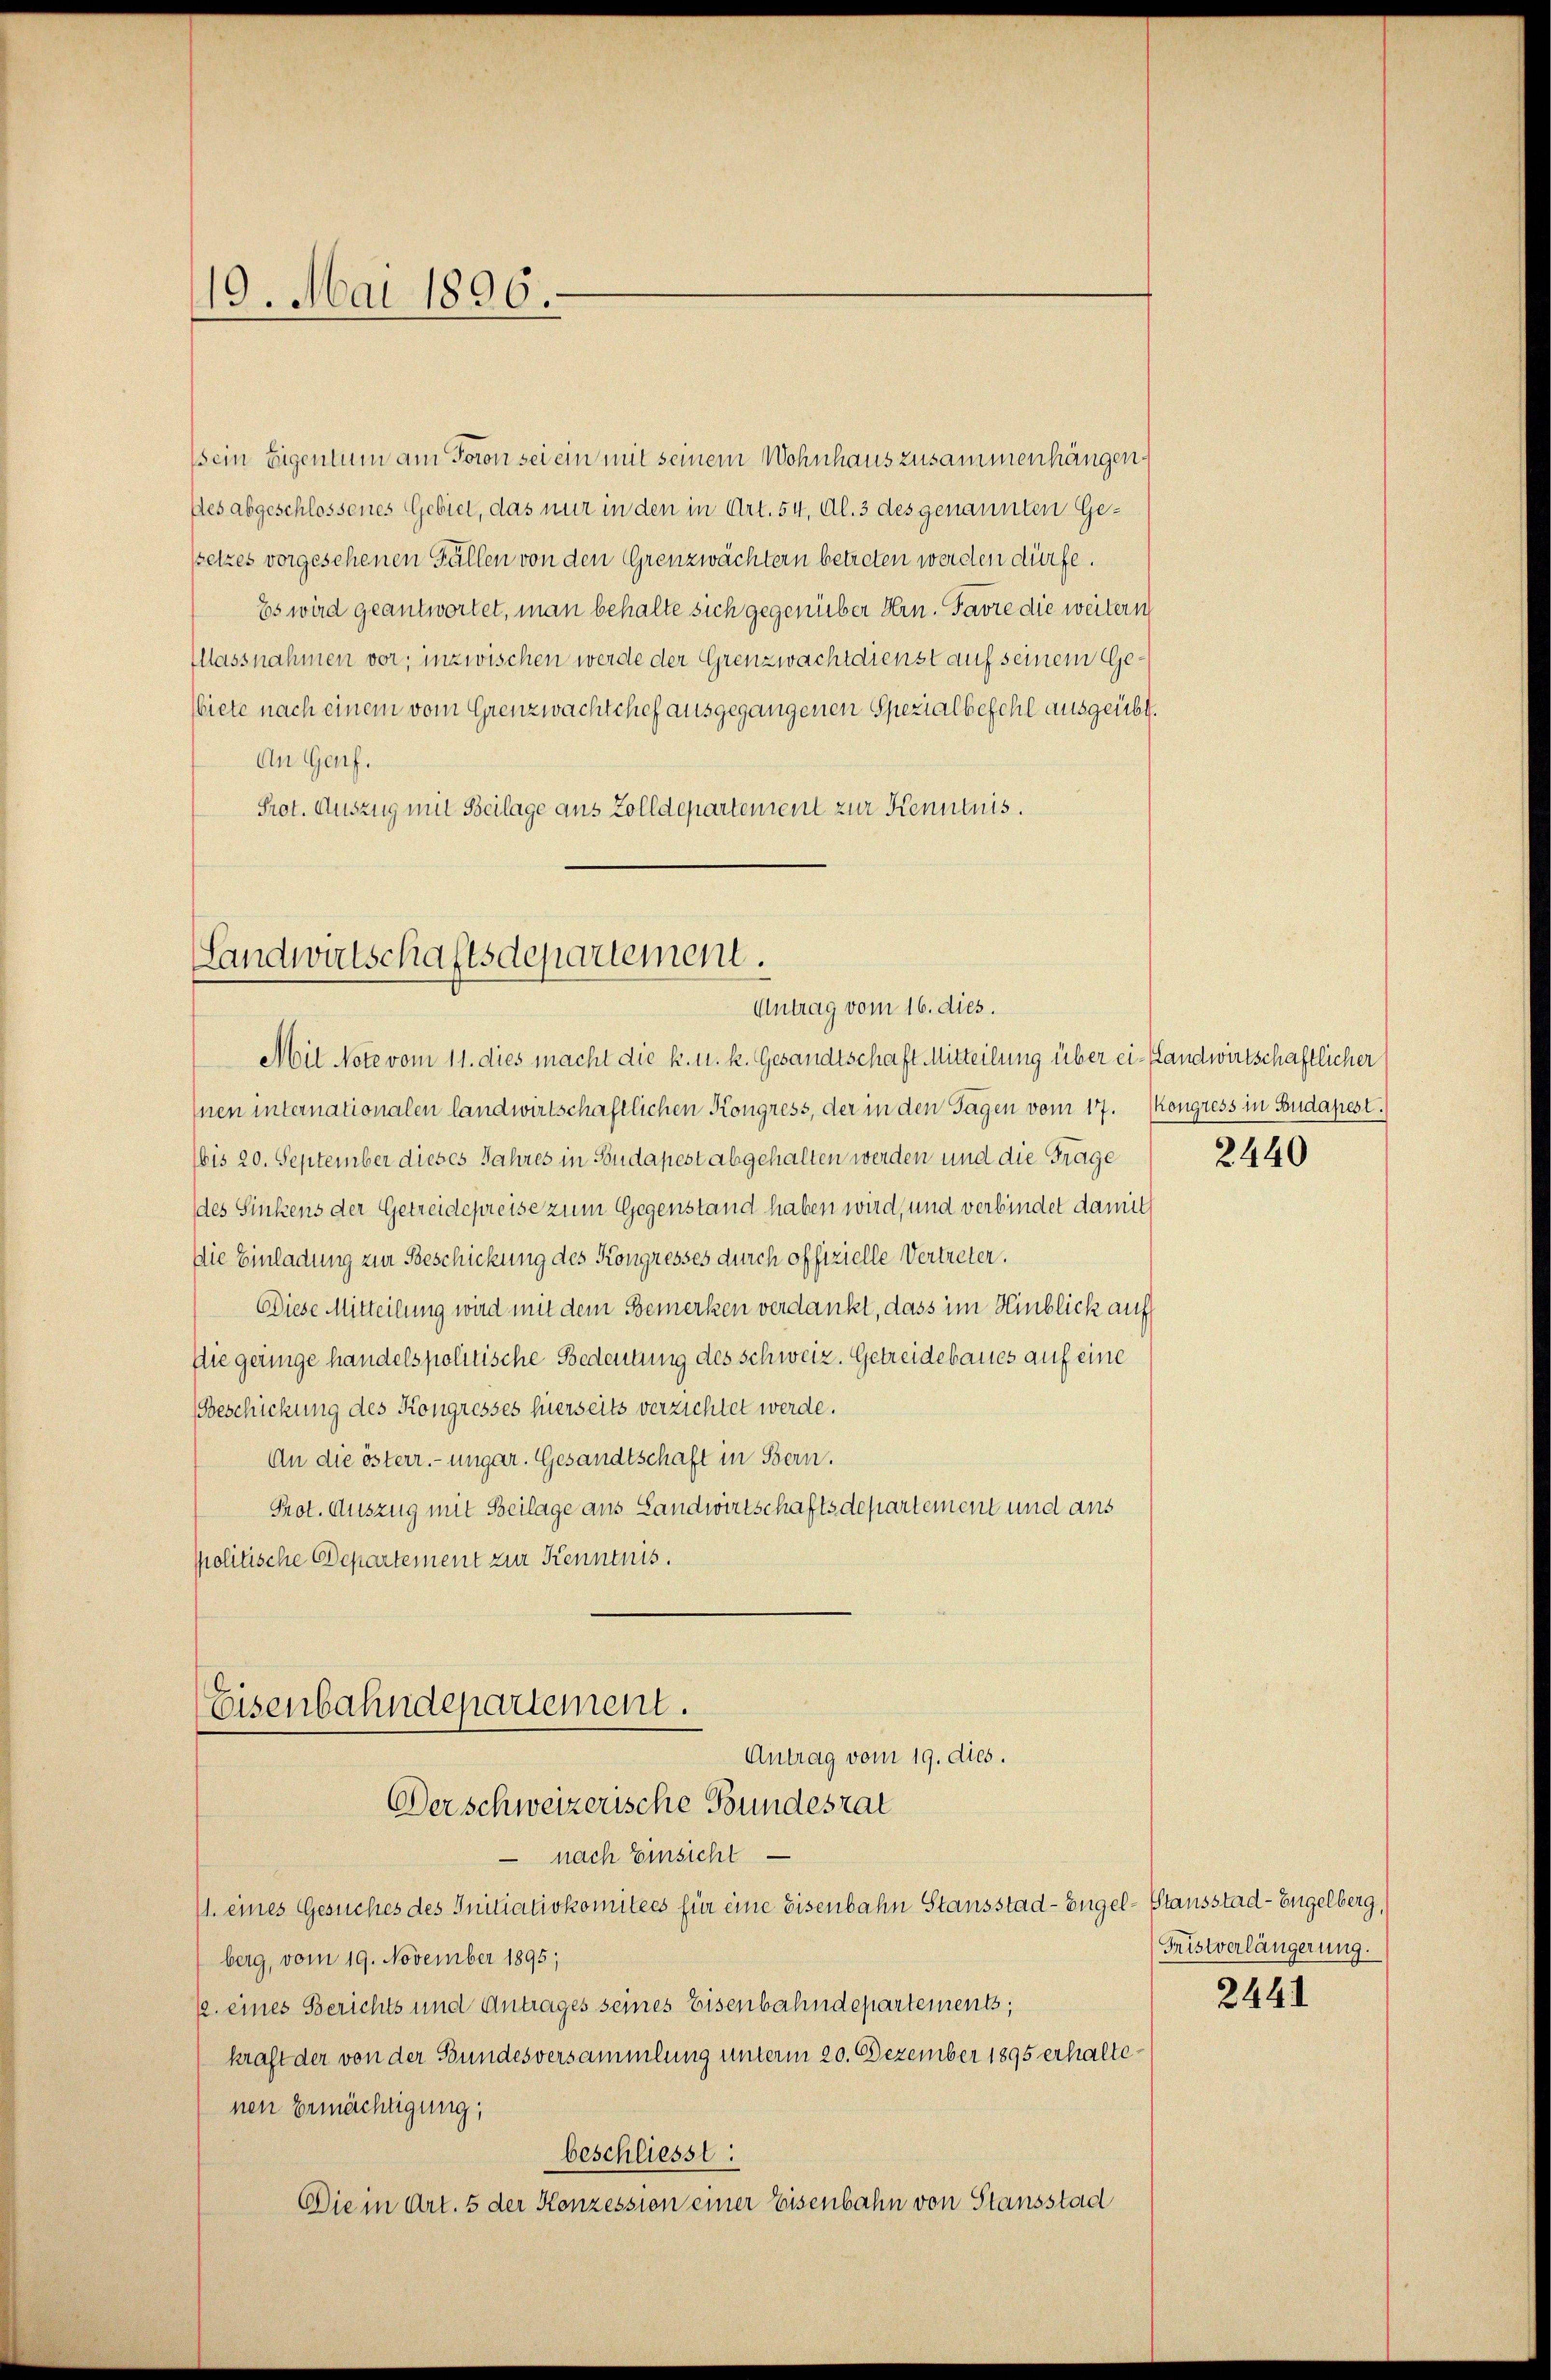
119. Mai 1896.

(sein Eigentum am Toron sei ein mit seinem Wohnhaus zusammenhängen,
des abgeschlossenes Gebiet, das nur in den in Art. 54, Al. 3 des genannten Gesetzes vorgesehenen Fällen von den Grenzwächtern betreten werden dürfe.
Es wird geantwortet, man behalte sich gegenüber Hrn. Favre die weitern
Massnahmen vor; inzwischen werde der Grenzwachtdienst auf seinem Gebiete nach einem vom Grenzwachtchef ausgegangenen Spezialbefehl ausgeübt.
An Genf.
Prot. Auszug mit Beilage aus Zolldepartement zur Kenntnis.

Landwirtschaftsdepartement.
Antrag vom 16. dies.

Mit Note vom 11. dies macht die k. u. k. Gesandtschaft Mitteilung über ei-Landwirtschaftlicher
Inen internationalen landwirtschaftlichen Kongress, der in den Tagen vom 17. Kongress in Budapest.
bis 20. September dieses Jahres in Budapest abgehalten werden und die Frage
des Sinkens der Getreidepreise zum Gegenstand haben wird, und verbindet damit
Die Einladung zur Beschickung des Kongresses durch offizielle Vertreter.
Diese Mitteilung wird mit dem Bemerken verdankt, dass im Hinblick auf
die geringe handelspolitische Bedeutung des Schweiz. Getreidebaues auf eine
Geschickung des Kongresses hierseits verzichtet werde.
An die österr. ungar. Gesandtschaft in Bern.
Prot. Auszug mit Beilage aus Landwirtschaftsdepartement und ans
politische Departement zur Kenntnis.

Eisenbahndepartement.
Antrag vom 19. dies.
Der schweizerische Bundesrat

nach Einsicht.
11. eines Gesuches des Initiativkomitees für eine Eisenbahn Stausstad - Engel-Stausstad- Engelberg,
berg, vom 19. November 1895;
22. eines Berichts und Antrages seines Eisenbahndepartements;
kraft der von der Bundesversammlung unterm 20. Dezember 1895 erhaltenen Ermächtigung,
beschliesst:
Die in Art. 5 der Konzession einer Eisenbahn von Stansstad

2440

Fristverlängerung.

2441